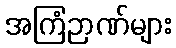
အကြံဉာဏ်များ